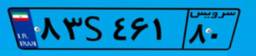
۴۲S۲۰۶۱۹